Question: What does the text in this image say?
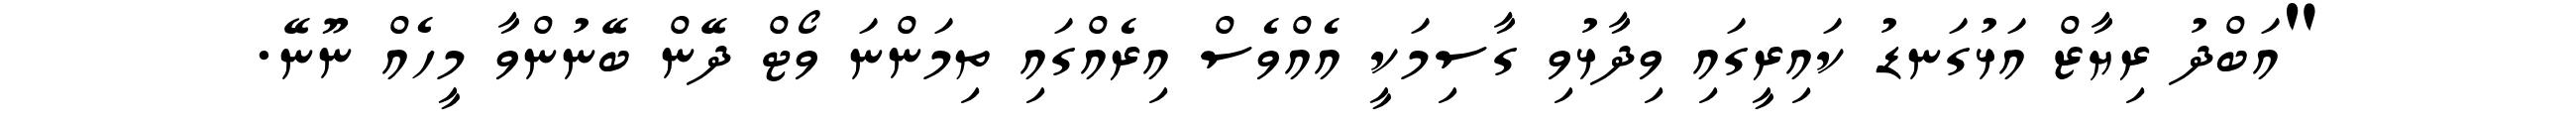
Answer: "އަބްދު ރިޔާޒް އަޅުގަނޑު ކައިރީގައި ވިދާޅުވި ގާސިމަކީ އެއްވެސް އިރެއްގައި ތިމަންނަ ވޯޓް ދޭން ބޭނުންވާ މީހެއް ނޫނޭ.